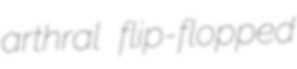
arthral flip-flopped